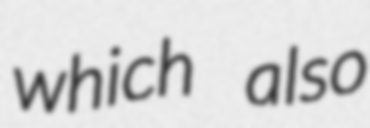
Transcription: which also